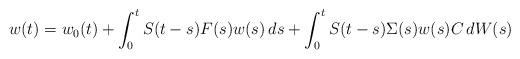
LaTeX: \begin{align*} w(t) = w_0(t) + \int_0^t S(t-s) F(s)w(s)\,ds + \int_0^t S(t-s) \Sigma(s) w(s) C\,dW(s)\end{align*}